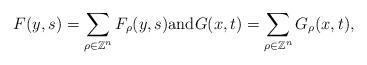
LaTeX: \begin{align*}F(y,s) = \sum_{\rho \in \mathbb{Z}^n} F_{\rho} (y,s) \textnormal{and} G(x,t) = \sum_{\rho \in \mathbb{Z}^n} G_{\rho} (x,t), \end{align*}